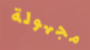
مجهولة